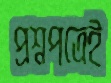
প্রশ্নপত্রেই